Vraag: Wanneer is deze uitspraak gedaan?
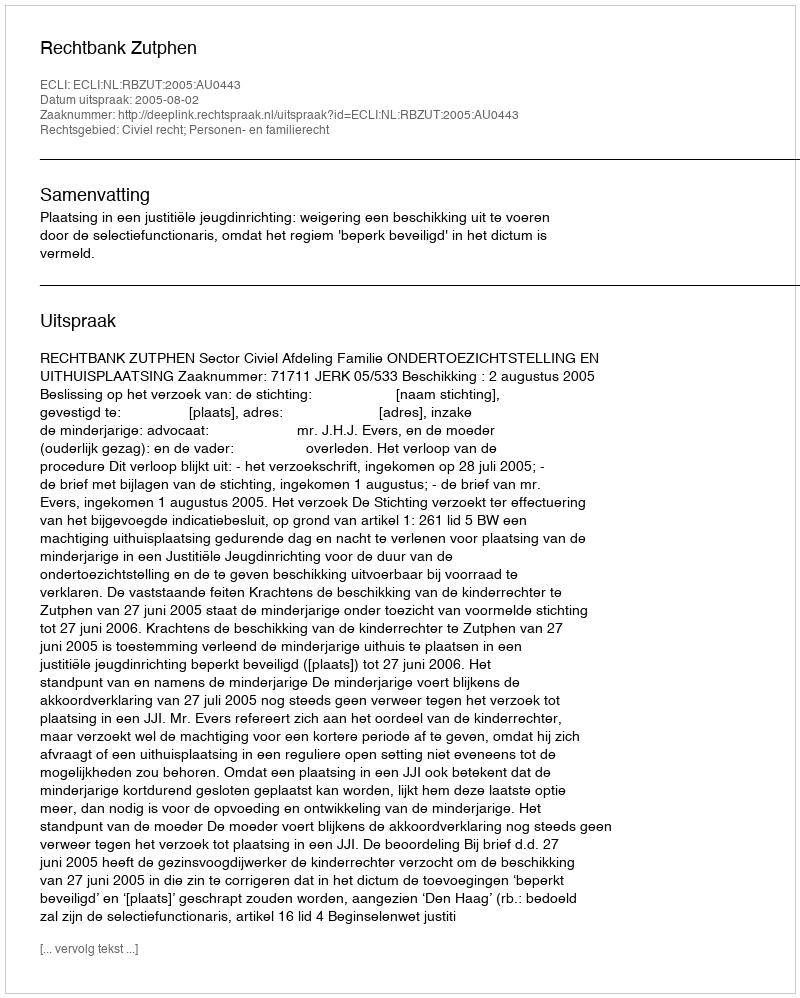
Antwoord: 2005-08-02